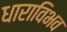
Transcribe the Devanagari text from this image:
धाराविभव